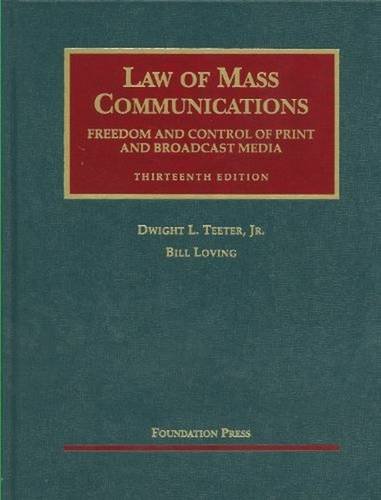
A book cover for Law of Mass Communications: Freedom and Control of Print and Broadcast Media (University Casebook Series); Dwight Teeter Jr; Law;